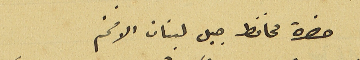
حضرة محافظ جبل لبنان الافخم